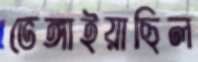
ভেঙ্গাইয়াছিল